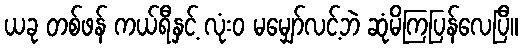
ယခု တစ်ဖန် ကယ်ရီနှင့် လုံးဝ မမျှော်လင့်ဘဲ ဆုံမိကြပြန်လေပြီ။